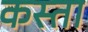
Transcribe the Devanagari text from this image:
कस्‍ता